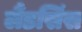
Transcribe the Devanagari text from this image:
लैंडसिंस